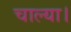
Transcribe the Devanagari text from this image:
चाल्या।